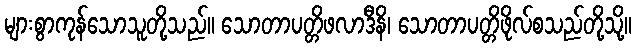
များစွာကုန်သောသူတို့သည်။ သောတာပတ္တိဖလာဒီနိ၊ သောတာပတ္တိဖိုလ်စသည်တို့သို့။